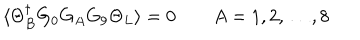
LaTeX: \langle \Theta _ { B } ^ { \dagger } G _ { 0 } G _ { A } G _ { 9 } \Theta _ { L } \rangle = 0 \qquad A = 1 , 2 , \dots , 8